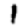
Digit: 1